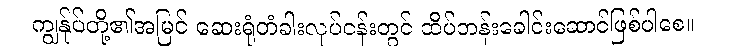
ကျွန်ုပ်တို့၏အမြင် ဆေးရုံတံခါးလုပ်ငန်းတွင် ထိပ်တန်းခေါင်းဆောင်ဖြစ်ပါစေ။